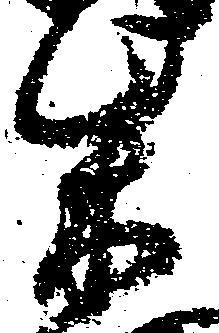
柴